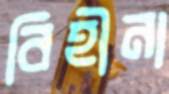
বিহীনা